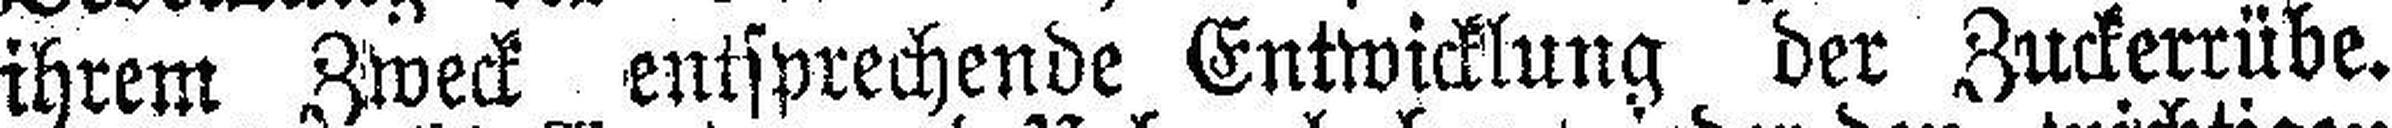
ihrem Zweck entsprechende Entwicklung der Zuckerrübe.